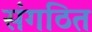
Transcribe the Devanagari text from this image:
संगठित